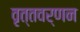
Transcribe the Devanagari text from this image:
वृत्तवर्णन